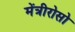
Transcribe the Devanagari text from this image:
मेंत्रीरोसो